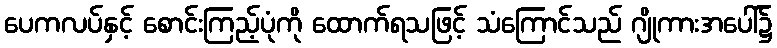
ပေကလပ်နှင့် စောင်းကြည့်ပုံကို ထောက်ရသဖြင့် သံကြောင်သည် ဂျိုကားအပေါ်၌